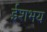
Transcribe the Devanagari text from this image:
ईशभय